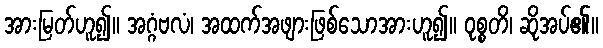
အားမြတ်ဟူ၍။ အဂ္ဂံဗလံ၊ အထက်အဖျားဖြစ်သောအားဟူ၍။ ဝုစ္စတိ၊ ဆိုအပ်၏။